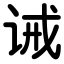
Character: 诫